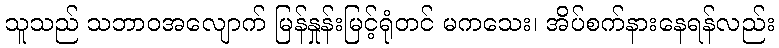
သူသည် သဘာဝအလျောက် မြန်နှုန်းမြင့်ရုံတင် မကသေး၊ အိပ်စက်နားနေရန်လည်း